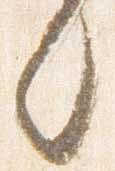
言